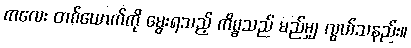
ကလေး တစ်ယောက်ကို မွေးရသည့် ကိစ္စသည် မည်မျှ လွယ်သနည်း။